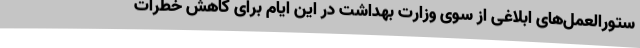
ستورالعمل‌های ابلاغی از سوی وزارت بهداشت در این ایام برای کاهش خطرات